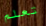
تعلم